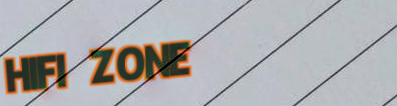
HIFI ZONE